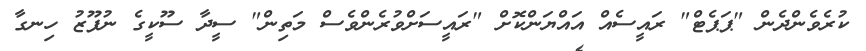
ކުރެވެންދެން "ޕަޕެޓް" ރައީސެއް އައްޔަންކޮށް "ރައީސަށްވުރެންވެސް މަތިން" ސީދާ ސޫކީގެ ނުފޫޒު ހިނގާ